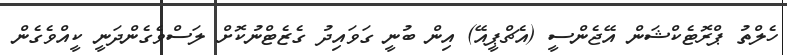
ހެލްތު ޕްރޮޓެކްޝަން އޭޖެންސީ (އެޗްޕީއޭ) އިން ބުނީ ގަވައިދު ގެޒެޓްނުކޮށް ލަސްވެގެންދަނީ ކީއްވެގެން